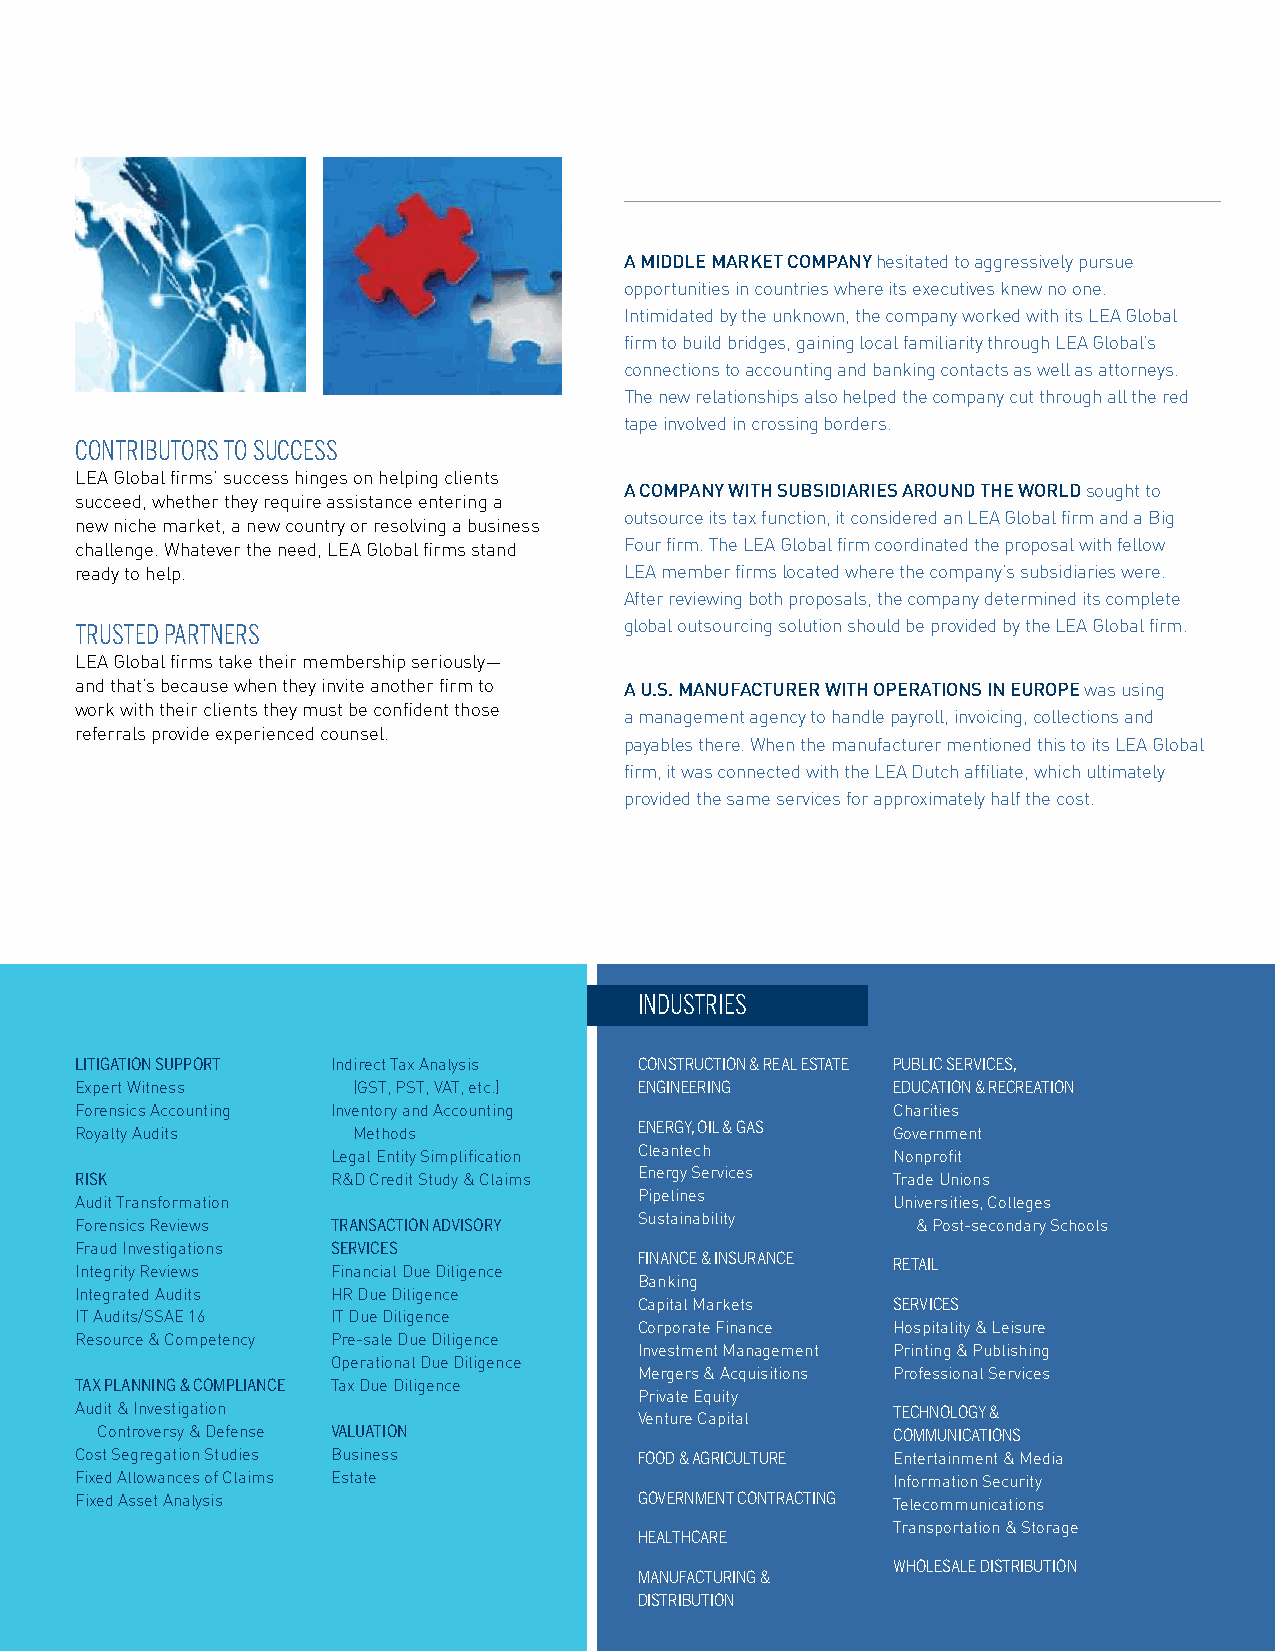
A middle mArket compAny hesitated to aggressively pursue
 opportunities in countries where its executives knew no one.
 Intimidated by the unknown, the company worked with its LEA Global
 firm to build bridges, gaining local familiarity through LEA Global’s
 connections to accounting and banking contacts as well as attorneys.
 The new relationships also helped the company cut through all the red
 tape involved in crossing borders.
 contriButors to success
 LEA Global firms’ success hinges on helping clients
 A compAny with subsidiAries Around the world sought to
 succeed, whether they require assistance entering a
 outsource its tax function, it considered an LEA Global firm and a Big
 new niche market, a new country or resolving a business
 challenge. Whatever the need, LEA Global firms stand Four firm. The LEA Global firm coordinated the proposal with fellow
 ready to help.                      LEA member firms located where the company’s subsidiaries were.
 After reviewing both proposals, the company determined its complete
 trusted Partners                    global outsourcing solution should be provided by the LEA Global firm.
 LEA Global firms take their membership seriously—
 and that’s because when they invite another firm to A u.s. mAnufActurer with operAtions in europe was using
 work with their clients they must be confident those
 a management agency to handle payroll, invoicing, collections and
 referrals provide experienced counsel.
 payables there. When the manufacturer mentioned this to its LEA Global
 firm, it was connected with the LEA Dutch affiliate, which ultimately
 provided the same services for approximately half the cost.
 industries
 LITIGATION SUPPORT Indirect Tax Analysis ConstruCtion & real estate PubliC serviCes,
 Expert Witness    (GST, PST, VAT, etc.) engineering   eduCation & reCreation
 Forensics Accounting Inventory and Accounting         Charities
 energy, oil & gas
 Royalty Audits    Methods                             Government
 Legal Entity Simplification Cleantech Nonprofit
 RISK             R&D Credit Study & Claims Energy Services Trade Unions
 Audit Transformation                 Pipelines        Universities, Colleges
 Forensics Reviews TRANSACTION ADVISORY Sustainability   & Post-secondary Schools
 Fraud Investigations SERVICES
 FinanCe & insuranCe retail
 Integrity Reviews Financial Due Diligence
 Banking
 Integrated Audits HR Due Diligence
 Capital Markets  serviCes
 IT Audits/SSAE 16 IT Due Diligence
 Corporate Finance Hospitality & Leisure
 Resource & Competency Pre-sale Due Diligence
 Investment Management Printing & Publishing
 Operational Due Diligence
 Mergers & Acquisitions Professional Services
 TAX PLANNING & COMPLIANCE Tax Due Diligence
 Private Equity
 Audit & Investigation                                 teCHnology &
 Venture Capital
 Controversy & Defense VALUATION                      CommuniCations
 Cost Segregation Studies Business    Food & agriCulture Entertainment & Media
 Fixed Allowances of Claims Estate                     Information Security
 Fixed Asset Analysis                 government ContraCting Telecommunications
 Transportation & Storage
 HealtHCare
 WHolesale distribution
 manuFaCturing &
 distribution